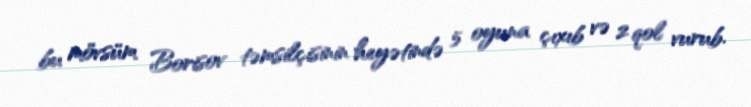
bu mövsüm Borisov təmsilçisinin heyətində 5 oyuna çıxıb və 2 qol vurub.